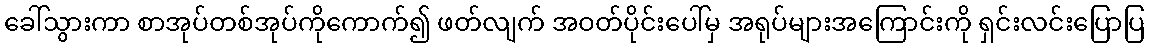
ခေါ်သွားကာ စာအုပ်တစ်အုပ်ကိုကောက်၍ ဖတ်လျက် အဝတ်ပိုင်းပေါ်မှ အရုပ်များအကြောင်းကို ရှင်းလင်းပြောပြ